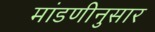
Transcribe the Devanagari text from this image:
मांडणीनुसार